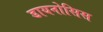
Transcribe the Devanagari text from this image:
डायनोसिस